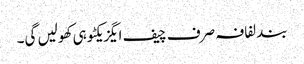
بند لفافہ صرف چیف ایگزیکٹو ہی کھولیں گی۔